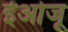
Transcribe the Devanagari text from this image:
ईओजू